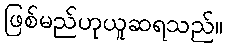
ဖြစ်မည်ဟုယူဆရသည်။